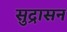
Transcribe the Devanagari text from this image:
सुद्रासन